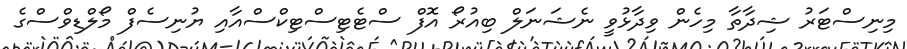
މިނިސްޓަރު ޝިދާތާ މިހެން ވިދާޅުވީ ނެޝަނަލް ބިއުރޯ އޮފް ސްޓެޓިސްޓިކްސްއާއި ޔުނިސެފް މޯލްޑިވްސްގެ